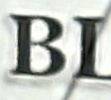
BL